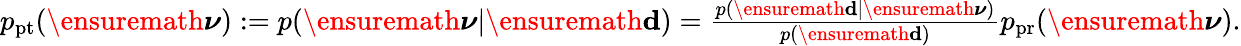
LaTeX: \begin{array}{r}{p_{\mathrm{pt}}(\ensuremath{\boldsymbol\nu}):=p(\ensuremath{\boldsymbol\nu}|\ensuremath{\mathbf d})={\frac{p(\ensuremath{\mathbf d}|\ensuremath{\boldsymbol\nu})}{p(\ensuremath{\mathbf d})}}p_{\mathrm{pr}}(\ensuremath{\boldsymbol\nu}).}\end{array}